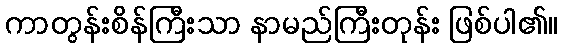
ကာတွန်းစိန်ကြီးသာ နာမည်ကြီးတုန်း ဖြစ်ပါ၏။